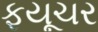
ફયૂચર